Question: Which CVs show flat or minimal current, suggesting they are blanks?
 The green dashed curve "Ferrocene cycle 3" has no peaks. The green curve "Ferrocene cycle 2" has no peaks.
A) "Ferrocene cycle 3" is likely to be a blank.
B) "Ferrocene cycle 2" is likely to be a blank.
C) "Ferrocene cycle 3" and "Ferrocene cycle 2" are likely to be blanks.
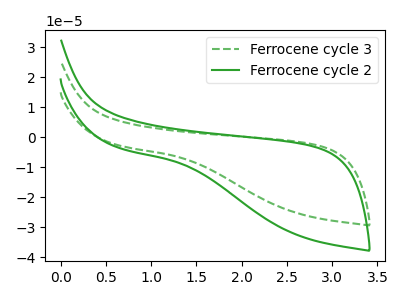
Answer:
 <answer>C) "Ferrocene cycle 3" and "Ferrocene cycle 2" are likely to be blanks.</answer>
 <eval>C</eval>